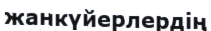
жанкүйерлердің